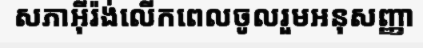
សភាអ៊ីរ៉ង់លើកពេលចូលរួមអនុសញ្ញា